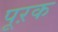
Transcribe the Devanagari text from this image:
पूऱक